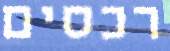
רכסים